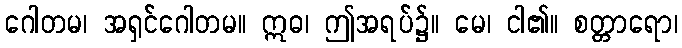
ဂေါတမ၊ အရှင်ဂေါတမ။ ဣဓ၊ ဤအရပ်၌။ မေ၊ ငါ၏။ စတ္တာရော၊